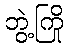
ဘွဲ့ကြို